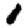
Digit: 1